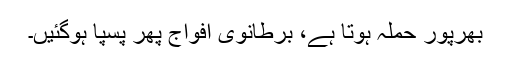
بھرپور حملہ ہوتا ہے، برطانوی افواج پھر پسپا ہوگئیں۔